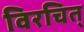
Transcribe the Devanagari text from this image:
विरचित्